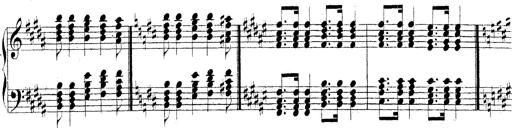
Title: Technische Studien
Composer: Franz Liszt